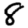
Digit: 8